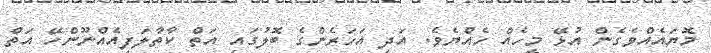
މޮޔައެއްވެގެން އުޅޭ މީހެއް ހެއްޔެވެ. އަދި އަހަރެންގެ ބޮލުގައި އަތް ކާތާލަފިއެއްނޫންހޭ އަތް